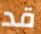
قد